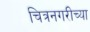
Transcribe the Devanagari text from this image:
चित्रनगरीच्या